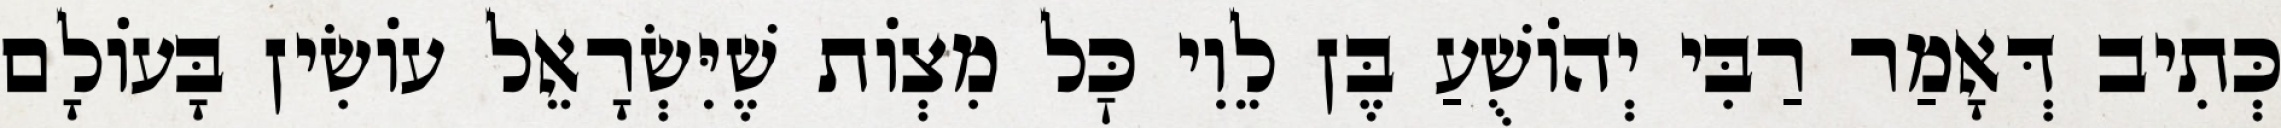
כְּתִיב דְּאָמַר רַבִּי יְהוֹשֻׁעַ בֶּן לֵוִי כׇּל מִצְוֹת שֶׁיִּשְׂרָאֵל עוֹשִׂין בָּעוֹלָם